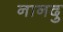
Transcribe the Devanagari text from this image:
नानदु